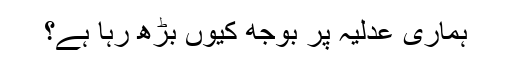
ہماری عدلیہ پر بوجھ کیوں بڑھ رہا ہے؟